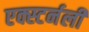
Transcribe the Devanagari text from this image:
एक्स्टर्नली